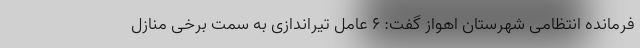
فرمانده انتظامی شهرستان اهواز گفت: ۶ عامل تیراندازی به سمت برخی منازل